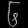
Digit: ၆